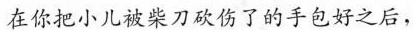
在你把小儿被柴刀砍伤了的手包好之后，